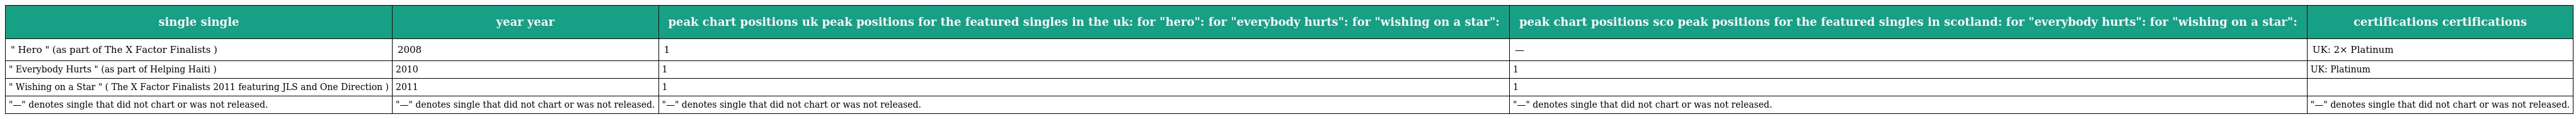
| single single | year year | peak chart positions uk peak positions for the featured singles in the uk: for "hero": for "everybody hurts": for "wishing on a star": | peak chart positions sco peak positions for the featured singles in scotland: for "everybody hurts": for "wishing on a star": | certifications certifications |
 | --- | --- | --- | --- | --- |
 | " Hero " (as part of The X Factor Finalists ) | 2008 | 1 | — | UK: 2× Platinum |
 | " Everybody Hurts " (as part of Helping Haiti ) | 2010 | 1 | 1 | UK: Platinum |
 | " Wishing on a Star " ( The X Factor Finalists 2011 featuring JLS and One Direction ) | 2011 | 1 | 1 |  |
 | "—" denotes single that did not chart or was not released. | "—" denotes single that did not chart or was not released. | "—" denotes single that did not chart or was not released. | "—" denotes single that did not chart or was not released. | "—" denotes single that did not chart or was not released. |